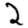
Digit: 2